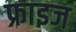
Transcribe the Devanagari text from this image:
फ्राइज